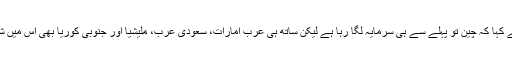
ہارون شریف نے کہا کہ چین تو پہلے سے ہی سرمایہ لگا رہا ہے لیکن ساتھ ہی عرب امارات، سعودی عرب، ملیشیا اور جنوبی کوریا بھی اس میں شامل ہوگئے ہیں۔